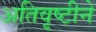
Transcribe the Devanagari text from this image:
अतिवृष्टीने